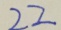
2 2